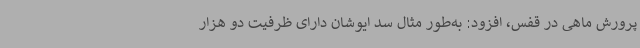
پرورش ماهی در قفس، افزود: به‌طور مثال سد ایوشان دارای ظرفیت دو هزار